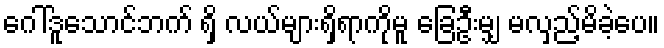
ဂေါ်ဒူသောင်ဘက် ရှိ လယ်များရှိရာကိုမူ ခြေဦးမျှ မလှည့်မိခဲ့ပေ။